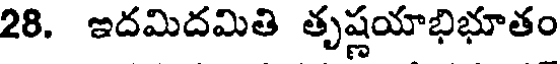
28. ఇదమిదమితి తృష్ణయాభిభూతం